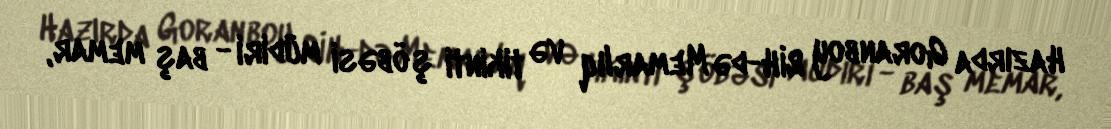
Hazırda Goranboy RİH-də Memarlıq və tikinti şöbəsi müdiri - baş memar,